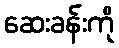
ဆေးခန်းကို